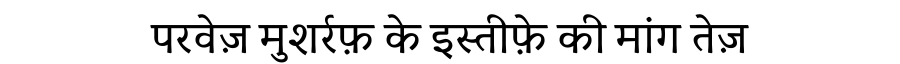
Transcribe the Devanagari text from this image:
परवेज़ मुशर्रफ़ के इस्तीफ़े की मांग तेज़